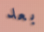
بعد